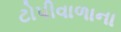
ટોપીવાળાના